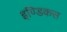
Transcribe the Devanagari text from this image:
इण्डिकस